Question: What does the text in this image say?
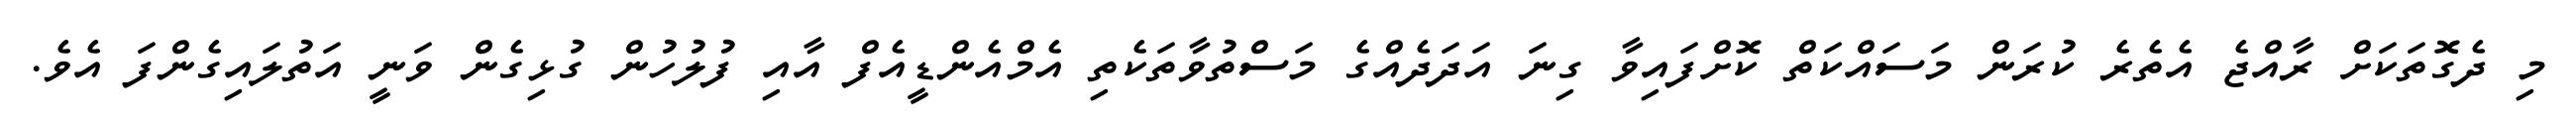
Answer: މި ދެގޮތަކަށް ރާއްޖެ އެތެރެ ކުރަން މަސައްކަތް ކޮށްފައިވާ ގިނަ އަދަދެއްގެ މަސްތުވާތަކެތި އެމްއެންޑީއެފް އާއި ފުލުހުން ގުޅިގެން ވަނީ އަތުލައިގެންފަ އެވެ.